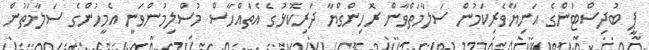
ޕީ ބުދިސްޓުންގެ އަނިޔާވެރިކަމުން ސަލާމަތްވާން ރޮހިންގްޔާ ދަރިކޮޅުގެ އެތައްހާސް މުސްލިމުންވަނީ އެމީހުންގެ ސަލާމަތުން